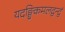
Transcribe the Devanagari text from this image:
यदङ्घ्रिकमलद्वन्द्वं